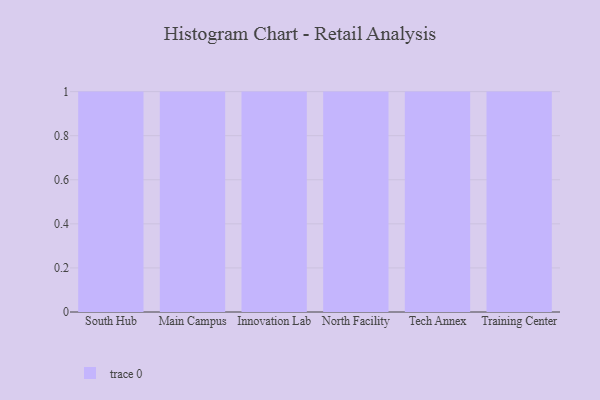
{"axis": {"x": "Campus", "y": "Customer Acquisition Cost (USD)"}, "legend": [""], "data": [{"x": "South Hub", "y": 66, "type": ""}, {"x": "Main Campus", "y": 94, "type": ""}, {"x": "Innovation Lab", "y": 52, "type": ""}, {"x": "North Facility", "y": 2, "type": ""}, {"x": "Tech Annex", "y": 23, "type": ""}, {"x": "Training Center", "y": 85, "type": ""}]}